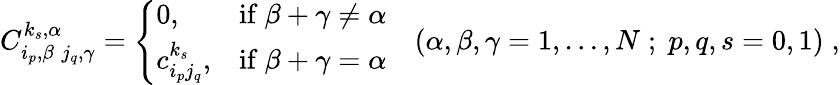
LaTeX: C_{i_{p},\beta\; j_{q},\gamma}^{k_{s},\alpha}=\left\{ \begin{array}{lll}{{0,}}&{{\mathrm{if}\ \beta+\gamma\neq\alpha}}\\ {{c_{i_{p}j_{q}}^{k_{s}},}}&{{\mathrm{if}\ \beta+\gamma=\alpha}}\end{array}\right.\quad(\alpha,\beta,\gamma=1,\ldots,N\; ;\; p,q,s=0,1)\; ,